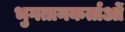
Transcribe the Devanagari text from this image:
भुगतानकर्ताओं